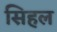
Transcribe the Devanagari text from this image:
सिहल